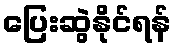
ပြေးဆွဲနိုင်ရန်